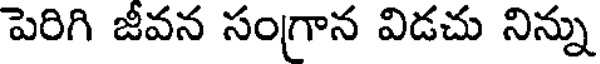
పెరిగి జీవన సంగ్రాన విడచు నిన్ను